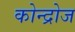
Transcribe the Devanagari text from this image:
कोन्द्रोज